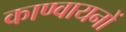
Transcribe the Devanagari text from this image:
काण्वायनों